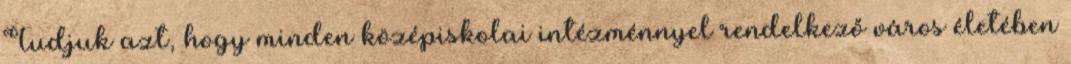
Tudjuk azt, hogy minden középiskolai intézménnyel rendelkező város életében